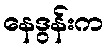
နေဒွန်းက